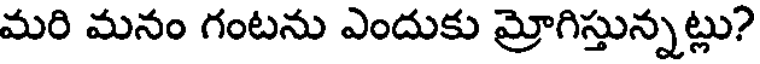
మరి మనం గంటను ఎందుకు మ్రోగిస్తున్నట్లు?